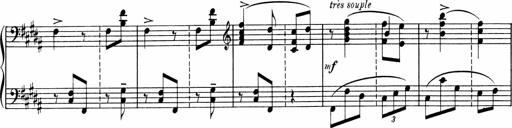
Title: Sonatine pour piano
Composer: Albert Roussel